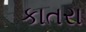
કાતરા